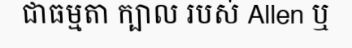
ជាធម្មតា ក្បាល របស់ Allen ឬ